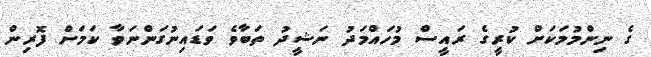
ގެ ނިންމުމަކަށް ކުރީގެ ރައީސް މުހައްމަދު ނަޝީދު ތަބާވެ ވަޑައިނުގަންނަވާ ކަމަށް ފޮރިން